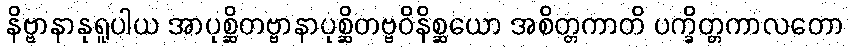
နိဗ္ဗာနာနုရူပါယ အာပုစ္ဆိတဗ္ဗာနာပုစ္ဆိတဗ္ဗဝိနိစ္ဆယော အစိတ္တကာတိ ပက္ခိတ္တကာလတော